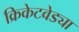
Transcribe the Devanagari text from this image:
क्रिकेटवेड्या